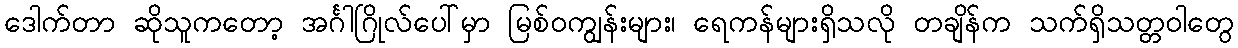
ဒေါက်တာ ဆိုသူကတော့ အင်္ဂါဂြိုလ်ပေါ်မှာ မြစ်ဝကျွန်းများ၊ ရေကန်များရှိသလို တချိန်က သက်ရှိသတ္တဝါတွေ